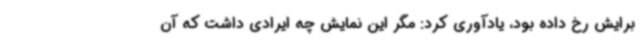
برایش رخ داده بود، یادآوری کرد: مگر این نمایش چه ایرادی داشت که آن